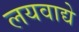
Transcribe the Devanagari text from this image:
लयवाद्ये